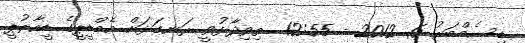
ޑިސެމްބަރު 6